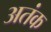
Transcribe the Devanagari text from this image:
अतंक